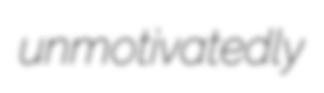
unmotivatedly